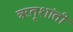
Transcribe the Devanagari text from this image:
ऋतूशांती